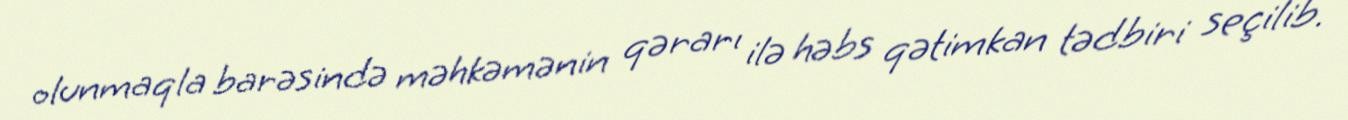
olunmaqla barəsində məhkəmənin qərarı ilə həbs qətimkan tədbiri seçilib.